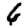
Digit: 6